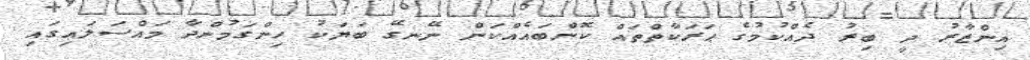
އިންޒާރު ދީ ބިރު ދެއްކުމުގެ ޙަރަކާތްތައް ކޮންބައެއްކަން ނޭނގޭ ބަޔަކު ހިންގަމުންދާ މައްސަލައިގައި